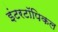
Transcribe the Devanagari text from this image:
इंटरटॉपिकल